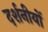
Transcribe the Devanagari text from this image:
दर्शनीयों